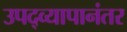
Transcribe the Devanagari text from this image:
उपद्व्यापानंतर